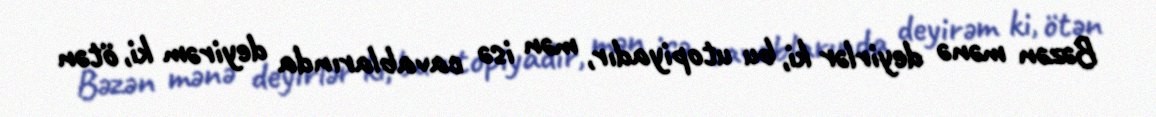
Bəzən mənə deyirlər ki, bu utopiyadır, mən isə cavablarında deyirəm ki, ötən